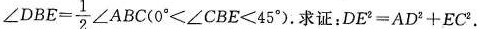
∠ $$\angleDBE= \frac{1}{2}\angle ABC(0^{\circ}< \angle CBE<45^{\circ}).$$ 证：$$ DE^{2}=AD^{2}+EC^{2} $$